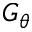
G _ { \theta }